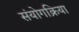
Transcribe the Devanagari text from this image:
संयोगक्रिया